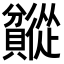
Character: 𬥯